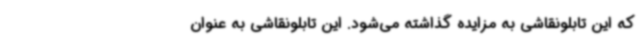
که این تابلونقاشی به مزایده گذاشته می‌شود. این تابلونقاشی به عنوان